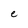
Character: e